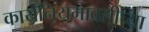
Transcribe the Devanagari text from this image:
कार्यनियमावलीच्या